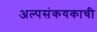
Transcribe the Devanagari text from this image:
अल्पसंकयकाची